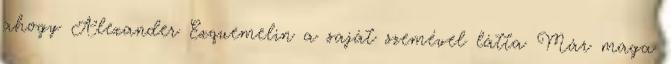
ahogy Alexander Exquemelin a saját szemével látta Már maga